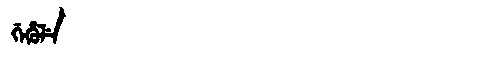
Manchu: ᡤᡝᡥᡠᠯᡝ
Romanization: GEHULE